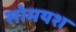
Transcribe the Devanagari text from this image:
सोमयश